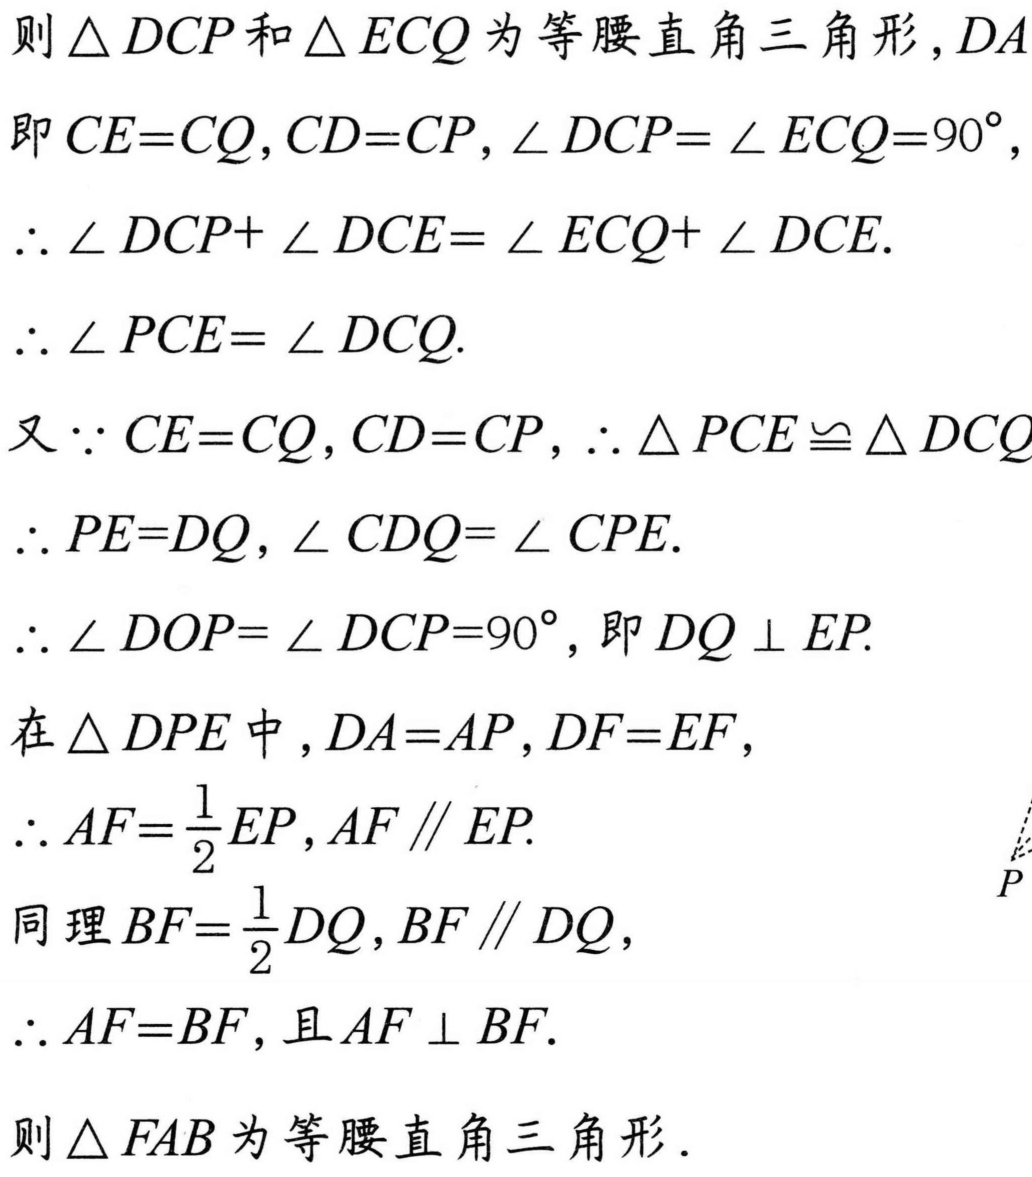
则\(\triangle DCP\)和\(\triangle ECQ\)为等腰直角三角形，
即\(CE = CQ\)，\(CD = CP\)，\(\angle DCP=\angle ECQ = 90^{\circ}\)，
\(\therefore\angle DCP+\angle DCE=\angle ECQ+\angle DCE\).
\(\therefore\angle PCE=\angle DCQ\).
又\(\because CE = CQ\)，\(CD = CP\)，\(\therefore\triangle PCE\cong\triangle DCQ\).
\(\therefore PE = DQ\)，\(\angle CDQ=\angle CPE\).
\(\therefore\angle DOP=\angle DCP = 90^{\circ}\)，即\(DQ\perp EP\).
在\(\triangle DPE\)中，\(DA = AP\)，\(DF = EF\)，
\(\therefore AF=\frac{1}{2}EP\)，\(AF\parallel EP\).
同理\(BF=\frac{1}{2}DQ\)，\(BF\parallel DQ\)，
\(\therefore AF = BF\)，且\(AF\perp BF\).
则\(\triangle FAB\)为等腰直角三角形．